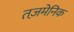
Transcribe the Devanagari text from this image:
तज़मेनिक